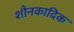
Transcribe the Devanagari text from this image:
शौनकादिक